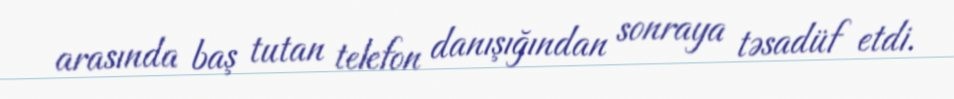
arasında baş tutan telefon danışığından sonraya təsadüf etdi.